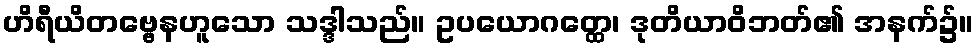
ဟိရီယိတဗ္ဗေနဟူသော သဒ္ဒါသည်။ ဥပယောဂတ္ထေ၊ ဒုတိယာဝိဘတ်၏ အနက်၌။